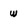
Character: w